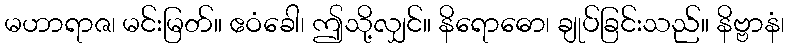
မဟာရာဇ၊ မင်းမြတ်။ ဧဝံခေါ၊ ဤသို့လျှင်။ နိရောဓော၊ ချုပ်ခြင်းသည်။ နိဗ္ဗာနံ၊